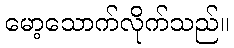
မော့သောက်လိုက်သည်။